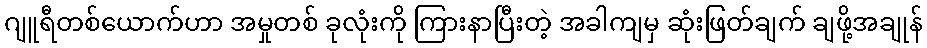
ဂျူရီတစ်ယောက်ဟာ အမှုတစ် ခုလုံးကို ကြားနာပြီးတဲ့ အခါကျမှ ဆုံးဖြတ်ချက် ချဖို့အချုန်